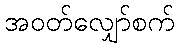
အဝတ်လျှော်စက်